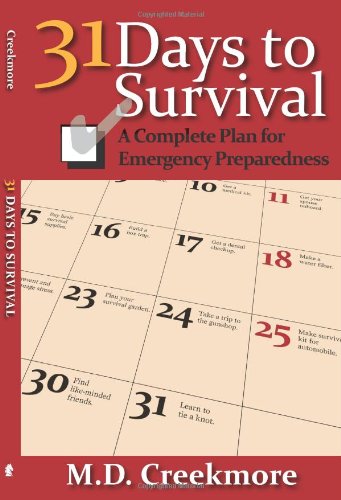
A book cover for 31 Days to Survival: A Complete Plan for Emergency Preparedness; M.D. Creekmore; Health, Fitness & Dieting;